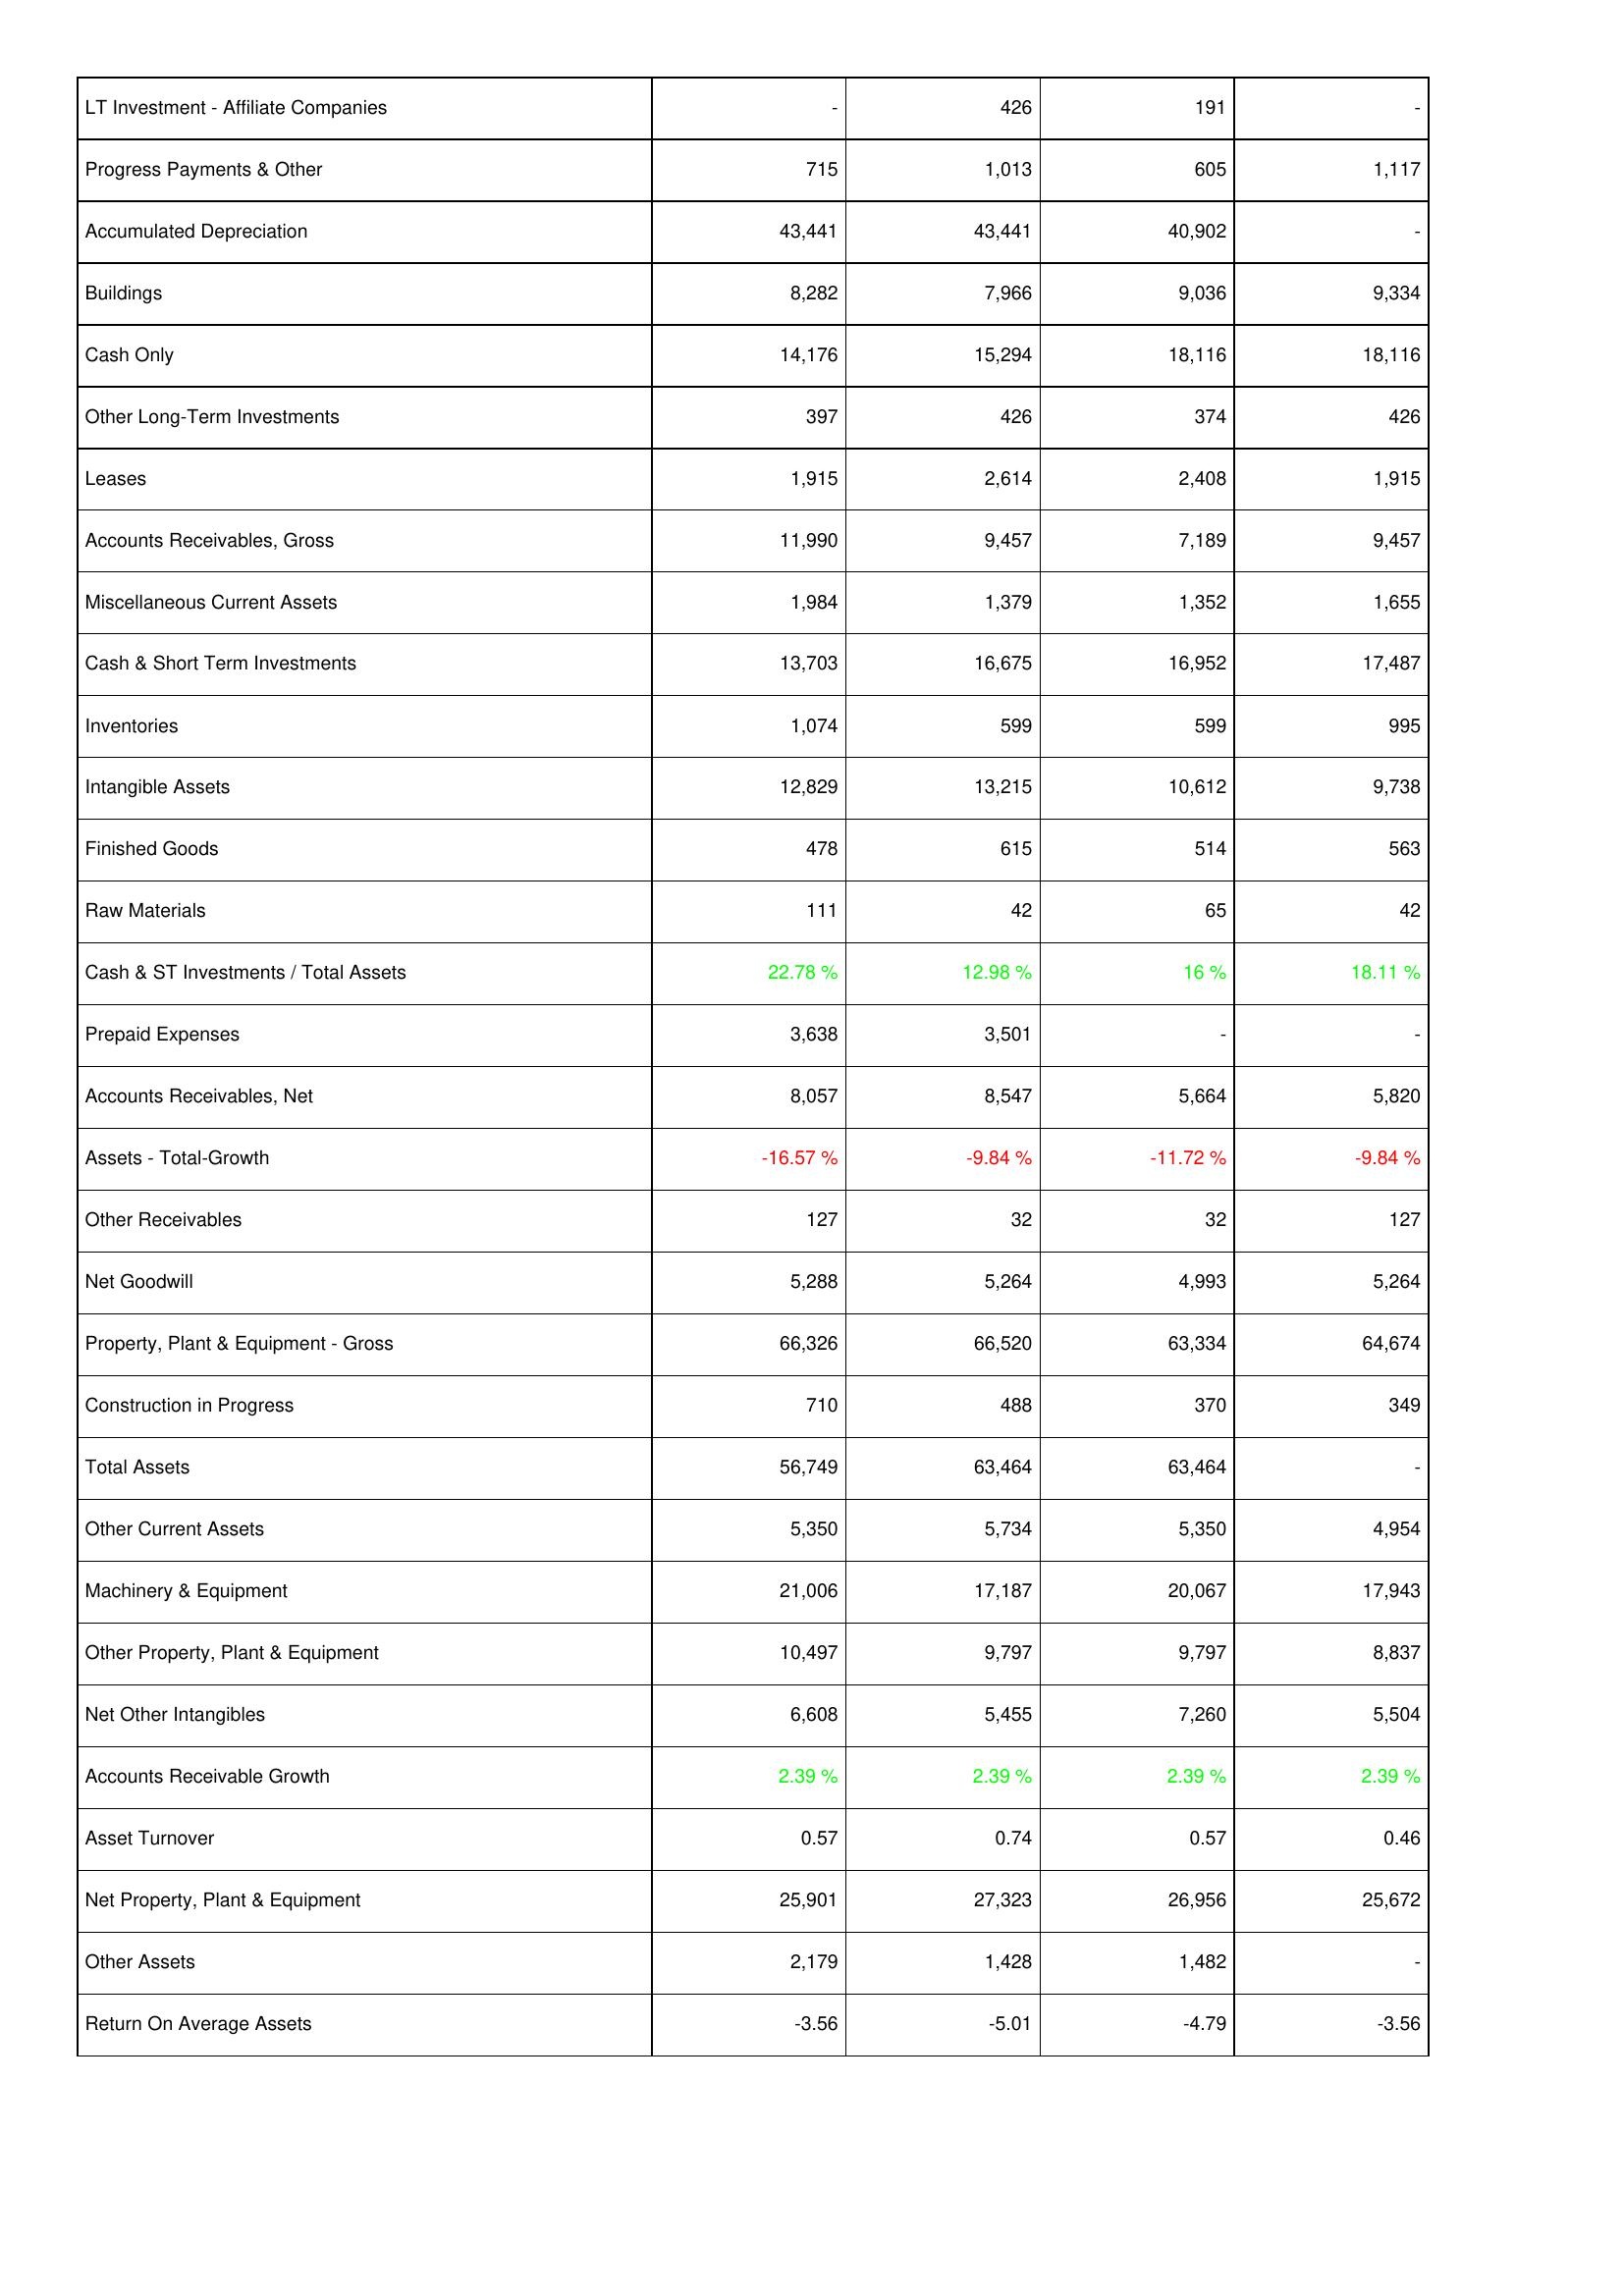
2018: Assets: LT Investment - Affiliate Companies: -
Progress Payments & Other: 715
Accumulated Depreciation: 43,441
Buildings: 8,282
Cash Only: 14,176
Other Long-Term Investments: 397
Leases: 1,915
Accounts Receivables, Gross: 11,990
Miscellaneous Current Assets: 1,984
Cash & Short Term Investments: 13,703
Inventories: 1,074
Intangible Assets: 12,829
Finished Goods: 478
Raw Materials: 111
Cash & ST Investments / Total Assets: 22.78 %
Prepaid Expenses: 3,638
Accounts Receivables, Net: 8,057
Assets - Total-Growth: -16.57 %
Other Receivables: 127
Net Goodwill: 5,288
Property, Plant & Equipment - Gross: 66,326
Construction in Progress: 710
Total Assets: 56,749
Other Current Assets: 5,350
Machinery & Equipment: 21,006
Other Property, Plant & Equipment: 10,497
Net Other Intangibles: 6,608
Accounts Receivable Growth: 2.39 %
Asset Turnover: 0.57
Net Property, Plant & Equipment: 25,901
Other Assets: 2,179
Return On Average Assets: -3.56
2019: Assets: LT Investment - Affiliate Companies: 426
Progress Payments & Other: 1,013
Accumulated Depreciation: 43,441
Buildings: 7,966
Cash Only: 15,294
Other Long-Term Investments: 426
Leases: 2,614
Accounts Receivables, Gross: 9,457
Miscellaneous Current Assets: 1,379
Cash & Short Term Investments: 16,675
Inventories: 599
Intangible Assets: 13,215
Finished Goods: 615
Raw Materials: 42
Cash & ST Investments / Total Assets: 12.98 %
Prepaid Expenses: 3,501
Accounts Receivables, Net: 8,547
Assets - Total-Growth: -9.84 %
Other Receivables: 32
Net Goodwill: 5,264
Property, Plant & Equipment - Gross: 66,520
Construction in Progress: 488
Total Assets: 63,464
Other Current Assets: 5,734
Machinery & Equipment: 17,187
Other Property, Plant & Equipment: 9,797
Net Other Intangibles: 5,455
Accounts Receivable Growth: 2.39 %
Asset Turnover: 0.74
Net Property, Plant & Equipment: 27,323
Other Assets: 1,428
Return On Average Assets: -5.01
2020: Assets: LT Investment - Affiliate Companies: 191
Progress Payments & Other: 605
Accumulated Depreciation: 40,902
Buildings: 9,036
Cash Only: 18,116
Other Long-Term Investments: 374
Leases: 2,408
Accounts Receivables, Gross: 7,189
Miscellaneous Current Assets: 1,352
Cash & Short Term Investments: 16,952
Inventories: 599
Intangible Assets: 10,612
Finished Goods: 514
Raw Materials: 65
Cash & ST Investments / Total Assets: 16 %
Prepaid Expenses: -
Accounts Receivables, Net: 5,664
Assets - Total-Growth: -11.72 %
Other Receivables: 32
Net Goodwill: 4,993
Property, Plant & Equipment - Gross: 63,334
Construction in Progress: 370
Total Assets: 63,464
Other Current Assets: 5,350
Machinery & Equipment: 20,067
Other Property, Plant & Equipment: 9,797
Net Other Intangibles: 7,260
Accounts Receivable Growth: 2.39 %
Asset Turnover: 0.57
Net Property, Plant & Equipment: 26,956
Other Assets: 1,482
Return On Average Assets: -4.79
2021: Assets: LT Investment - Affiliate Companies: -
Progress Payments & Other: 1,117
Accumulated Depreciation: -
Buildings: 9,334
Cash Only: 18,116
Other Long-Term Investments: 426
Leases: 1,915
Accounts Receivables, Gross: 9,457
Miscellaneous Current Assets: 1,655
Cash & Short Term Investments: 17,487
Inventories: 995
Intangible Assets: 9,738
Finished Goods: 563
Raw Materials: 42
Cash & ST Investments / Total Assets: 18.11 %
Prepaid Expenses: -
Accounts Receivables, Net: 5,820
Assets - Total-Growth: -9.84 %
Other Receivables: 127
Net Goodwill: 5,264
Property, Plant & Equipment - Gross: 64,674
Construction in Progress: 349
Total Assets: -
Other Current Assets: 4,954
Machinery & Equipment: 17,943
Other Property, Plant & Equipment: 8,837
Net Other Intangibles: 5,504
Accounts Receivable Growth: 2.39 %
Asset Turnover: 0.46
Net Property, Plant & Equipment: 25,672
Other Assets: -
Return On Average Assets: -3.56